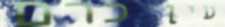
עין כרם